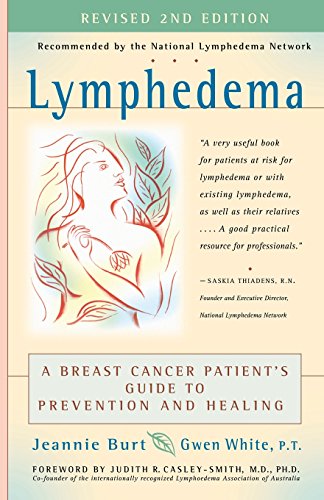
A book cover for Lymphedema: A Breast Cancer Patient's Guide to Prevention and Healing; Jeannie Burt; Health, Fitness & Dieting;